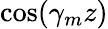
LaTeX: \cos(\gamma_{m}z)